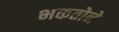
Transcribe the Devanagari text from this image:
भकतोने